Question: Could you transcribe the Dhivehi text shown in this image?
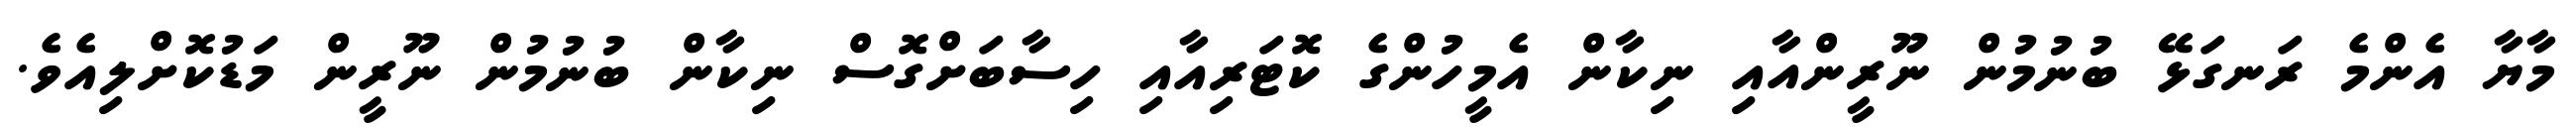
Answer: މާޔާ އެންމެ ރަނގަޅޭ ބުނުމުން ނޫރީންއާއި ނިކާން އެމީހުންގެ ކޮޓަރިއާއި ހިސާބަށްގޮސް ނިކާން ބުނުމުން ނޫރީން މަޑުކޮށްލިއެވެ.